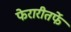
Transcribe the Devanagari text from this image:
फेरारीतर्फे